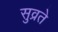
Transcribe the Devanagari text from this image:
सुव्रते